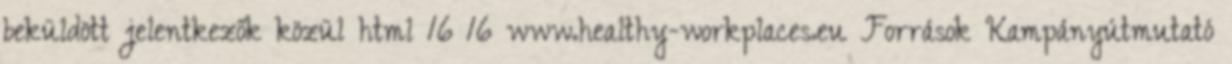
beküldött jelentkezők közül html 16 16 www.healthy-workplaces.eu Források Kampányútmutató